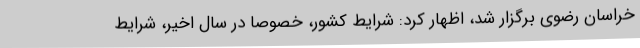
خراسان رضوی برگزار شد، اظهار کرد: شرایط کشور، خصوصا در سال اخیر، شرایط